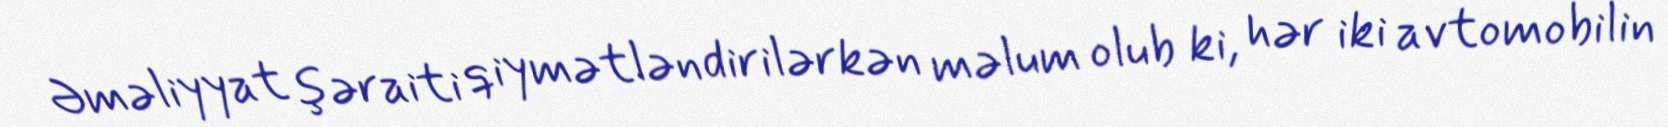
Əməliyyat şəraiti qiymətləndirilərkən məlum olub ki, hər iki avtomobilin